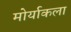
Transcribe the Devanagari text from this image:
मोर्याकला